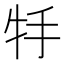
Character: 𤘶